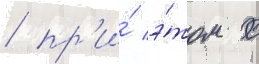
/ пр'и́ э́том с